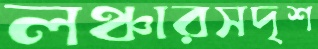
লঞ্চারসদৃশ